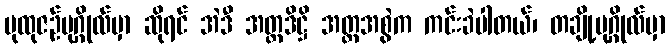
ပုထုဇဉ်ပုဂ္ဂိုလ်မှာ ဆိုရင် အဲဒီ အတ္တဒိဋ္ဌိ အတ္တအစွဲက ကင်းခဲပါတယ်၊ တချို့ပုဂ္ဂိုလ်မှာ